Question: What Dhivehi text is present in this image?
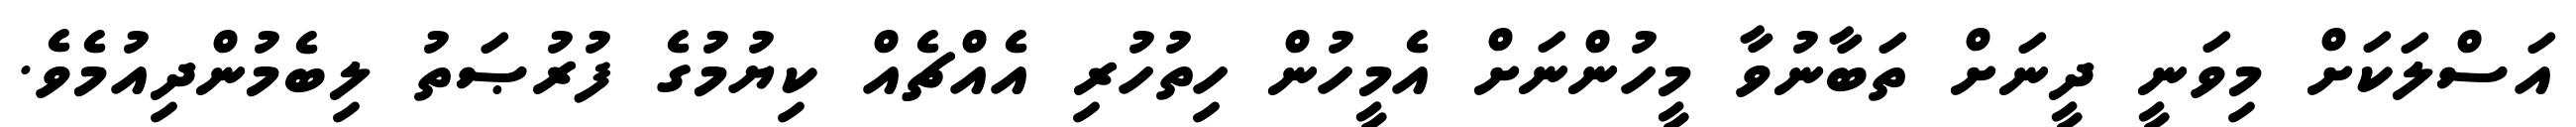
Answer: އަސްލަކަށް މިވަނީ ދީނަށް ތަބާނުވާ މީހުންނަށް އެމީހުން ހިތުހުރި އެއްޗެއް ކިޔުމުގެ ފުރުޞަތު ލިބެމުންދިއުމެވެ.